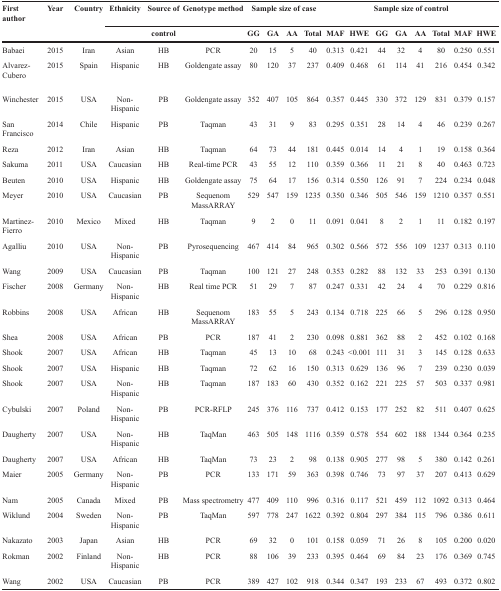
<table><thead><tr><td><b>First author</b></td><td><b>Year</b></td><td><b>Country</b></td><td><b>Ethnicity</b></td><td><b>Source of</b></td><td><b>Genotype method</b></td><td colspan="4"><b>Sample size of case</b></td><td colspan="8"><b>Sample size of control</b></td></tr><tr><td></td><td></td><td></td><td></td><td><b>control</b></td><td></td><td><b>GG</b></td><td><b>GA</b></td><td><b>AA</b></td><td><b>Total</b></td><td><b>MAF</b></td><td><b>HWE</b></td><td><b>GG</b></td><td><b>GA</b></td><td><b>AA</b></td><td><b>Total</b></td><td><b>MAF</b></td><td><b>HWE</b></td></tr></thead><tbody><tr><td>Babaei</td><td>2015</td><td>Iran</td><td>Asian</td><td>HB</td><td>PCR</td><td>20</td><td>15</td><td>5</td><td>40</td><td>0.313</td><td>0.421</td><td>44</td><td>32</td><td>4</td><td>80</td><td>0.250</td><td>0.551</td></tr><tr><td>Alvarez-Cubero</td><td>2015</td><td>Spain</td><td>Hispanic</td><td>HB</td><td>Goldengate assay</td><td>80</td><td>120</td><td>37</td><td>237</td><td>0.409</td><td>0.468</td><td>61</td><td>114</td><td>41</td><td>216</td><td>0.454</td><td>0.342</td></tr><tr><td>Winchester</td><td>2015</td><td>USA</td><td>Non-Hispanic</td><td>PB</td><td>Goldengate assay</td><td>352</td><td>407</td><td>105</td><td>864</td><td>0.357</td><td>0.445</td><td>330</td><td>372</td><td>129</td><td>831</td><td>0.379</td><td>0.157</td></tr><tr><td>San Francisco</td><td>2014</td><td>Chile</td><td>Hispanic</td><td>PB</td><td>Taqman</td><td>43</td><td>31</td><td>9</td><td>83</td><td>0.295</td><td>0.351</td><td>28</td><td>14</td><td>4</td><td>46</td><td>0.239</td><td>0.267</td></tr><tr><td>Reza</td><td>2012</td><td>Iran</td><td>Asian</td><td>HB</td><td>Taqman</td><td>64</td><td>73</td><td>44</td><td>181</td><td>0.445</td><td>0.014</td><td>14</td><td>4</td><td>1</td><td>19</td><td>0.158</td><td>0.364</td></tr><tr><td>Sakuma</td><td>2011</td><td>USA</td><td>Caucasian</td><td>HB</td><td>Real-time PCR</td><td>43</td><td>55</td><td>12</td><td>110</td><td>0.359</td><td>0.366</td><td>11</td><td>21</td><td>8</td><td>40</td><td>0.463</td><td>0.723</td></tr><tr><td>Beuten</td><td>2010</td><td>USA</td><td>Hispanic</td><td>HB</td><td>Goldengate assay</td><td>75</td><td>64</td><td>17</td><td>156</td><td>0.314</td><td>0.550</td><td>126</td><td>91</td><td>7</td><td>224</td><td>0.234</td><td>0.048</td></tr><tr><td>Meyer</td><td>2010</td><td>USA</td><td>Caucasian</td><td>PB</td><td>Sequenom MassARRAY</td><td>529</td><td>547</td><td>159</td><td>1235</td><td>0.350</td><td>0.346</td><td>505</td><td>546</td><td>159</td><td>1210</td><td>0.357</td><td>0.551</td></tr><tr><td>Martinez-Fierro</td><td>2010</td><td>Mexico</td><td>Mixed</td><td>HB</td><td>Taqman</td><td>9</td><td>2</td><td>0</td><td>11</td><td>0.091</td><td>0.041</td><td>8</td><td>2</td><td>1</td><td>11</td><td>0.182</td><td>0.197</td></tr><tr><td>Agalliu</td><td>2010</td><td>USA</td><td>Non-Hispanic</td><td>PB</td><td>Pyrosequencing</td><td>467</td><td>414</td><td>84</td><td>965</td><td>0.302</td><td>0.566</td><td>572</td><td>556</td><td>109</td><td>1237</td><td>0.313</td><td>0.110</td></tr><tr><td>Wang</td><td>2009</td><td>USA</td><td>Caucasian</td><td>PB</td><td>Taqman</td><td>100</td><td>121</td><td>27</td><td>248</td><td>0.353</td><td>0.282</td><td>88</td><td>132</td><td>33</td><td>253</td><td>0.391</td><td>0.130</td></tr><tr><td>Fischer</td><td>2008</td><td>Germany</td><td>Non-Hispanic</td><td>HB</td><td>Real time PCR</td><td>51</td><td>29</td><td>7</td><td>87</td><td>0.247</td><td>0.331</td><td>42</td><td>24</td><td>4</td><td>70</td><td>0.229</td><td>0.816</td></tr><tr><td>Robbins</td><td>2008</td><td>USA</td><td>African</td><td>HB</td><td>Sequenom MassARRAY</td><td>183</td><td>55</td><td>5</td><td>243</td><td>0.134</td><td>0.718</td><td>225</td><td>66</td><td>5</td><td>296</td><td>0.128</td><td>0.950</td></tr><tr><td>Shea</td><td>2008</td><td>USA</td><td>African</td><td>PB</td><td>PCR</td><td>187</td><td>41</td><td>2</td><td>230</td><td>0.098</td><td>0.881</td><td>362</td><td>88</td><td>2</td><td>452</td><td>0.102</td><td>0.168</td></tr><tr><td>Shook</td><td>2007</td><td>USA</td><td>African</td><td>HB</td><td>Taqman</td><td>45</td><td>13</td><td>10</td><td>68</td><td>0.243</td><td>&lt;0.001</td><td>111</td><td>31</td><td>3</td><td>145</td><td>0.128</td><td>0.633</td></tr><tr><td>Shook</td><td>2007</td><td>USA</td><td>Hispanic</td><td>HB</td><td>Taqman</td><td>72</td><td>62</td><td>16</td><td>150</td><td>0.313</td><td>0.629</td><td>136</td><td>96</td><td>7</td><td>239</td><td>0.230</td><td>0.039</td></tr><tr><td>Shook</td><td>2007</td><td>USA</td><td>Non-Hispanic</td><td>HB</td><td>Taqman</td><td>187</td><td>183</td><td>60</td><td>430</td><td>0.352</td><td>0.162</td><td>221</td><td>225</td><td>57</td><td>503</td><td>0.337</td><td>0.981</td></tr><tr><td>Cybulski</td><td>2007</td><td>Poland</td><td>Non-Hispanic</td><td>PB</td><td>PCR-RFLP</td><td>245</td><td>376</td><td>116</td><td>737</td><td>0.412</td><td>0.153</td><td>177</td><td>252</td><td>82</td><td>511</td><td>0.407</td><td>0.625</td></tr><tr><td>Daugherty</td><td>2007</td><td>USA</td><td>Non-Hispanic</td><td>HB</td><td>TaqMan</td><td>463</td><td>505</td><td>148</td><td>1116</td><td>0.359</td><td>0.578</td><td>554</td><td>602</td><td>188</td><td>1344</td><td>0.364</td><td>0.235</td></tr><tr><td>Daugherty</td><td>2007</td><td>USA</td><td>African</td><td>HB</td><td>TaqMan</td><td>73</td><td>23</td><td>2</td><td>98</td><td>0.138</td><td>0.905</td><td>277</td><td>98</td><td>5</td><td>380</td><td>0.142</td><td>0.261</td></tr><tr><td>Maier</td><td>2005</td><td>Germany</td><td>Non-Hispanic</td><td>PB</td><td>PCR</td><td>133</td><td>171</td><td>59</td><td>363</td><td>0.398</td><td>0.746</td><td>73</td><td>97</td><td>37</td><td>207</td><td>0.413</td><td>0.629</td></tr><tr><td>Nam</td><td>2005</td><td>Canada</td><td>Mixed</td><td>PB</td><td>Mass spectrometry</td><td>477</td><td>409</td><td>110</td><td>996</td><td>0.316</td><td>0.117</td><td>521</td><td>459</td><td>112</td><td>1092</td><td>0.313</td><td>0.464</td></tr><tr><td>Wiklund</td><td>2004</td><td>Sweden</td><td>Non-Hispanic</td><td>PB</td><td>TaqMan</td><td>597</td><td>778</td><td>247</td><td>1622</td><td>0.392</td><td>0.804</td><td>297</td><td>384</td><td>115</td><td>796</td><td>0.386</td><td>0.611</td></tr><tr><td>Nakazato</td><td>2003</td><td>Japan</td><td>Asian</td><td>HB</td><td>PCR</td><td>69</td><td>32</td><td>0</td><td>101</td><td>0.158</td><td>0.059</td><td>71</td><td>26</td><td>8</td><td>105</td><td>0.200</td><td>0.020</td></tr><tr><td>Rokman</td><td>2002</td><td>Finland</td><td>Non-Hispanic</td><td>HB</td><td>PCR</td><td>88</td><td>106</td><td>39</td><td>233</td><td>0.395</td><td>0.464</td><td>69</td><td>84</td><td>23</td><td>176</td><td>0.369</td><td>0.745</td></tr><tr><td>Wang</td><td>2002</td><td>USA</td><td>Caucasian</td><td>PB</td><td>PCR</td><td>389</td><td>427</td><td>102</td><td>918</td><td>0.344</td><td>0.347</td><td>193</td><td>233</td><td>67</td><td>493</td><td>0.372</td><td>0.802</td></tr></tbody></table>